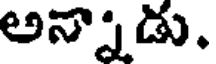
అన్నాడు.